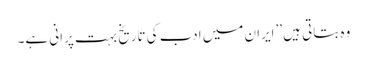
وہ بتاتی ہیں ’’ایران میں ادب کی تاریخ بہت پرانی ہے۔